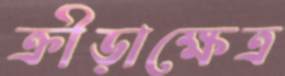
ক্রীড়াক্ষেত্র